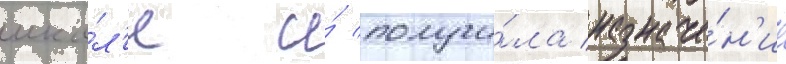
шко́л'е и́ получи́ла назначе́н'ие